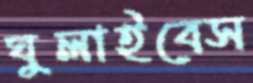
ঘুলাইবেস